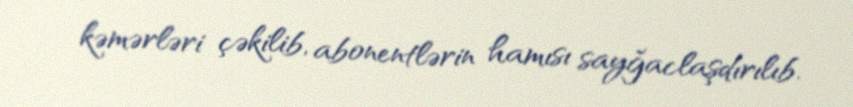
kəmərləri çəkilib, abonentlərin hamısı sayğaclaşdırılıb.